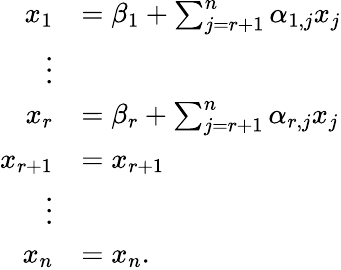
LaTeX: {\begin{array}{rl}{x_{1}}&{=\beta_{1}+\sum_{j=r+1}^{n}\alpha_{1,j}x_{j}}\\ {\vdots}\\ {x_{r}}&{=\beta_{r}+\sum_{j=r+1}^{n}\alpha_{r,j}x_{j}}\\ {x_{r+1}}&{=x_{r+1}}\\ {\vdots}\\ {x_{n}}&{=x_{n}.}\end{array}}